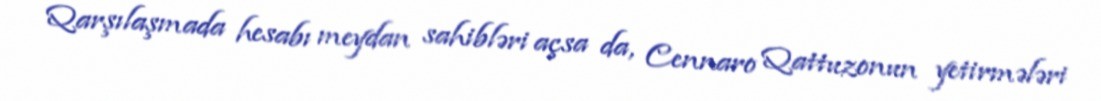
Qarşılaşmada hesabı meydan sahibləri açsa da, Cennaro Qattuzonun yetirmələri